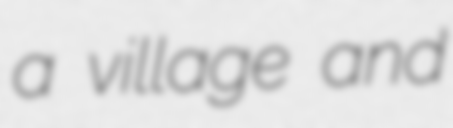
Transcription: a village and